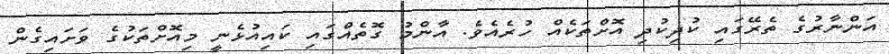
އަންނާރުގެ ތެރޭގައި ކުދިކުދި އޮށްތަކެއް ހުރެއެވެ. އާންމު ގޮތެއްގައި ކައިއުޅެނީ މިއޮށްތަކުގެ ވަށައިގެން